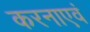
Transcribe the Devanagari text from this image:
करनाएवं